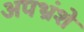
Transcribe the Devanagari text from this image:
अपभ्रंशे